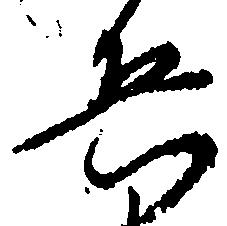
兵